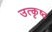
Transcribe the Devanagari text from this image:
उत्‍कृष्‍ठ